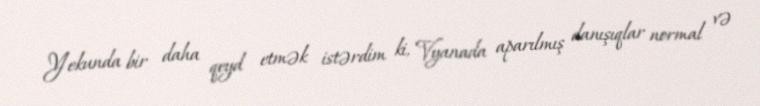
Yekunda bir daha qeyd etmək istərdim ki, Vyanada aparılmış danışıqlar normal və